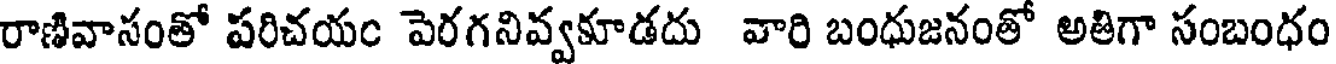
రాణివాసంతో పరిచయం పెరగనివ్వకూడదు వారి బంధుజనంతో అతిగా సంబంధం